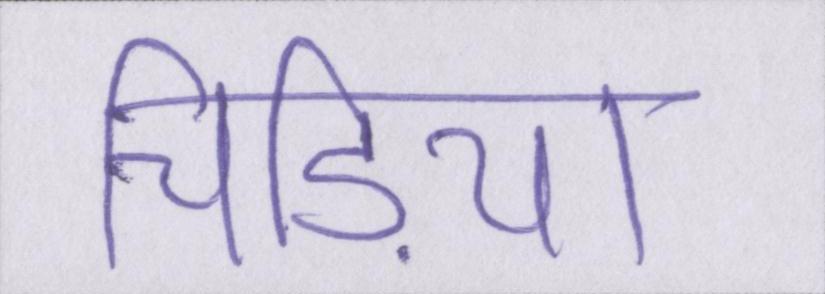
चिड़िया